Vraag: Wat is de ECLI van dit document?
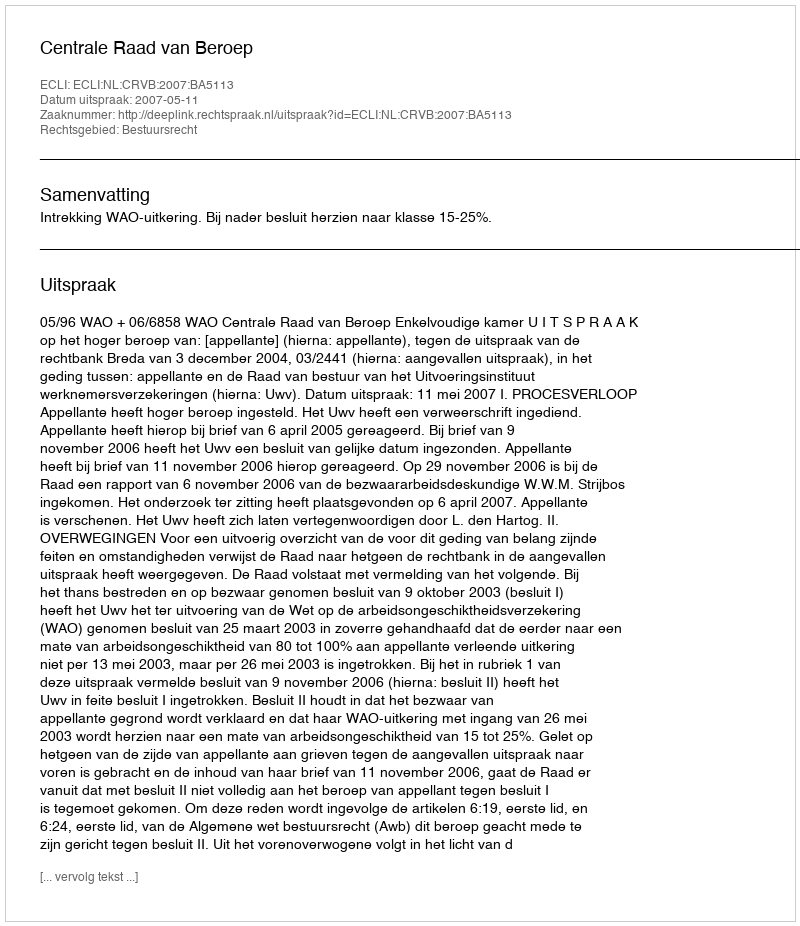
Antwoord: ECLI:NL:CRVB:2007:BA5113